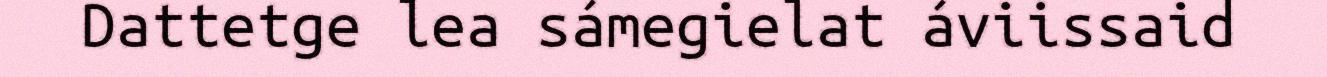
Dattetge lea sámegielat áviissaid